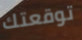
توقعتك